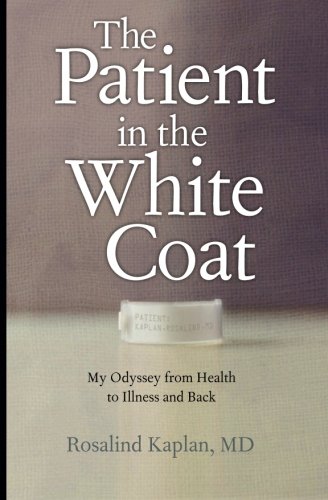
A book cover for The Patient in the White Coat: My Odyssey from Health to Illness and Back; Rosalind Kaplan; Health, Fitness & Dieting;